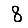
Digit: 8